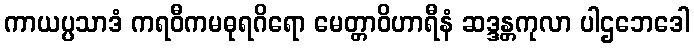
ကာယပ္ပသာဒံ ကရဝီကမဓုရဂိရော မေတ္တာဝိဟာရီနံ ဆဒ္ဒန္တကုလာ ပါဌဘေဒေါ